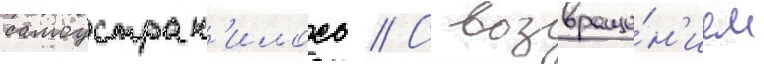
самоустран'илось // С возвраще́н'ием